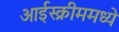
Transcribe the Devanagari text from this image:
आईस्क्रीममध्ये